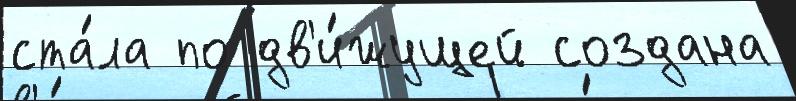
ста́ла по дв'и́жущей создана